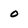
Character: 0